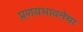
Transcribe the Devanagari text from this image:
प्रणयभावनेचा